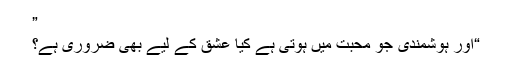
”
“اور ہوشمندی جو محبت میں ہوتی ہے کیا عشق کے لیے بھی ضروری ہے؟